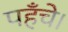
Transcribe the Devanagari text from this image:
पहँचे।